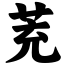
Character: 茺